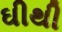
ઘીથી